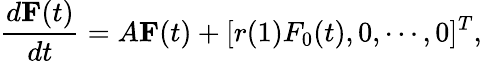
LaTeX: \frac{d{\mathbf F}(t)}{dt}=A{\mathbf F}(t)+[r(1)F_{0}(t),0,\cdots,0]^{T},